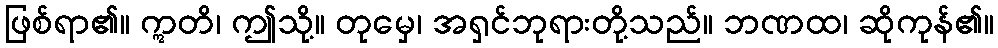
ဖြစ်ရာ၏။ ဣတိ၊ ဤသို့။ တုမှေ၊ အရှင်ဘုရားတို့သည်။ ဘဏထ၊ ဆိုကုန်၏။